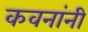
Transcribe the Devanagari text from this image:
कवनांनी